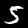
Digit: 5